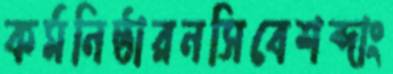
কর্মনিষ্ঠারনসিবেশব্দাং